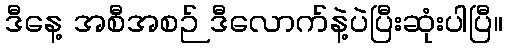
ဒီနေ့ အစီအစဉ် ဒီလောက်နဲ့ပဲပြီးဆုံးပါပြီ။